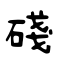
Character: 碊